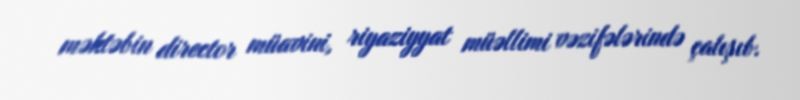
məktəbin director müavini, riyaziyyat müəllimi vəzifələrində çalışıb.